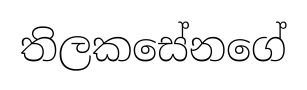
තිලකසේනගේ